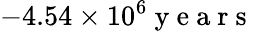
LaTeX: -4.54\times 10^{6}\mathrm{~y~e~a~r~s~}